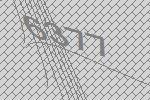
6377